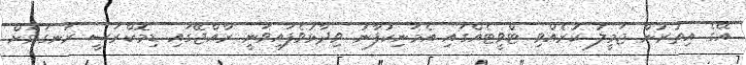
އޭގެ އިތުރުން ޖަމީލު ކުރެއްވި ޓްވީޓެއްގައި އެމަނިކުފާނު ވިދާޅުވެފައިވަނީ ރާއްޖޭގައި ޑިމޮކްރަސީ ރަނގަޅަށް